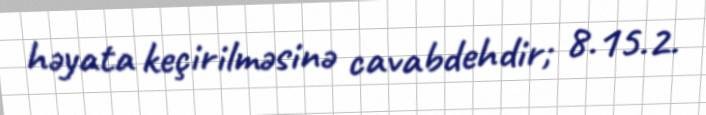
həyata keçirilməsinə cavabdehdir; 8.15.2.